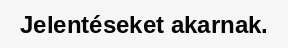
Jelentéseket akarnak.